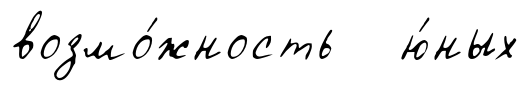
возмо́жность ю́ных